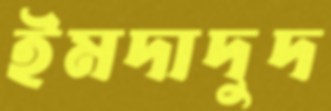
ইমদাদুদ